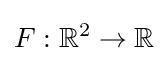
F:\mathbb {R} ^{2}\to \mathbb {R}